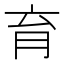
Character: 育